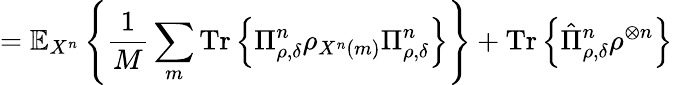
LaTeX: =\mathbb{E}_{X^{n}}\left\{ {\frac{1}{M}}\sum_{m}{\mathrm{Tr}}\left\{ \Pi_{\rho,\delta}^{n}\rho_{X^{n}\left(m\right)}\Pi_{\rho,\delta}^{n}\right\} \right\} +{\mathrm{Tr}}\left\{ {\hat{\Pi}}_{\rho,\delta}^{n}\rho^{\otimes n}\right\}